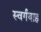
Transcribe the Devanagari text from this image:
स्वर्गवाह